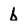
Character: b